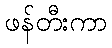
ဖန်တီးကာ